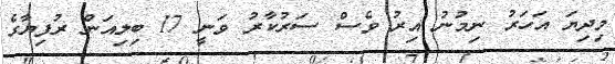
މިދިޔަ އަހަރު ނިމުނު އިރު ވެސް ސަރުކާރު ވަނީ 17 ބިލިއަން ރުފިޔާގެ